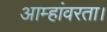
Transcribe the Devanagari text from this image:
आम्हांवरता।